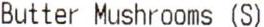
BUTTER MUSHROOMS (S)